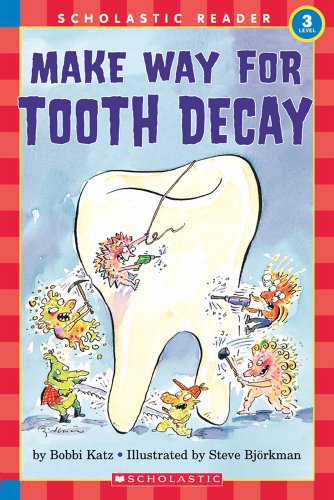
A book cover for Hello Reader: Make Your Way For Tooth Decay (Level 3); Bobbi Katz; Medical Books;